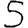
Digit: 5